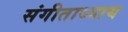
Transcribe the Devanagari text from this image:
संगीताध्याय